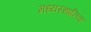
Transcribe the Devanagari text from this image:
मध्यस्थानिक